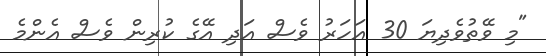
"މި ވޭތުވެދިޔަ 30 އަހަރު ވެސް އަދި އޭގެ ކުރިން ވެސް އެންމެ